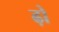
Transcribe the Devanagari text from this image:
ढ़ो